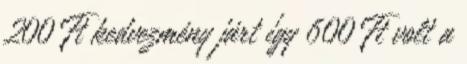
200 Ft kedvezmény járt így 600 Ft volt a